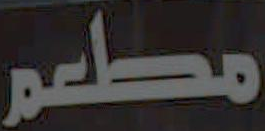
مطعم